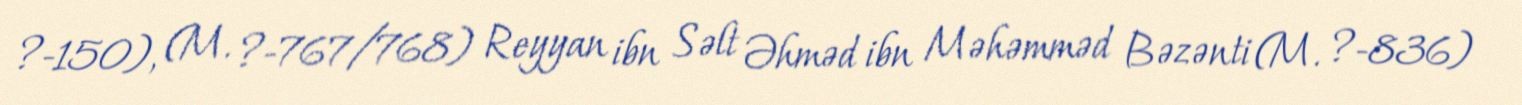
?-150), (M. ?-767/768) Reyyan ibn Səlt Əhməd ibn Məhəmməd Bəzənti (M. ?-836)